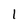
Character: 1